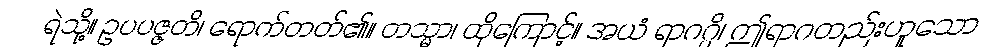
ရဲသို့။ ဥပပဇ္ဇတိ၊ ရောက်တတ်၏။ တသ္မာ၊ ထိုကြောင့်။ အယံ ရာဂဂ္ဂိ၊ ဤရာဂတည်းဟူသော